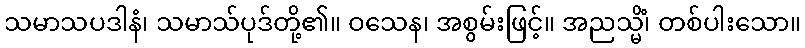
သမာသပဒါနံ၊ သမာသ်ပုဒ်တို့၏။ ဝသေန၊ အစွမ်းဖြင့်။ အညသ္မိံ၊ တစ်ပါးသော။